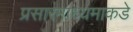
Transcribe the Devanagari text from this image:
प्रसारमाध्यमाकडे